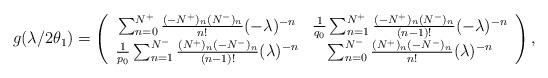
LaTeX: \begin{align*}g(\lambda/2\theta_1)=\left(\begin{array}{cc}\sum_{n= 0}^{N^+}\frac{(-N^+)_n(N^-)_n}{n!}(-\lambda)^{-n}& \frac{1}{q_0}\sum_{n= 1}^{N^+}\frac{(-N^+)_n(N^-)_n}{(n-1)!}(-\lambda)^{-n}\\ \frac{1}{p_0}\sum_{n= 1}^{N^-}\frac{(N^+)_n(-N^-)_n}{(n-1)!}(\lambda)^{-n}&\sum_{n=0}^{N^-}\frac{(N^+)_n(-N^-)_n}{n!}(\lambda)^{-n}\end{array}\right),\end{align*}